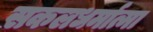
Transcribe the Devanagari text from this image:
सकलधर्मात्मा